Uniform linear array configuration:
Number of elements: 48
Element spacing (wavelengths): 0.5
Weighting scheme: hann
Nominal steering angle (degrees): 45
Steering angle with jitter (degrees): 44.796
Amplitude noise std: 0.05
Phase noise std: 0.05

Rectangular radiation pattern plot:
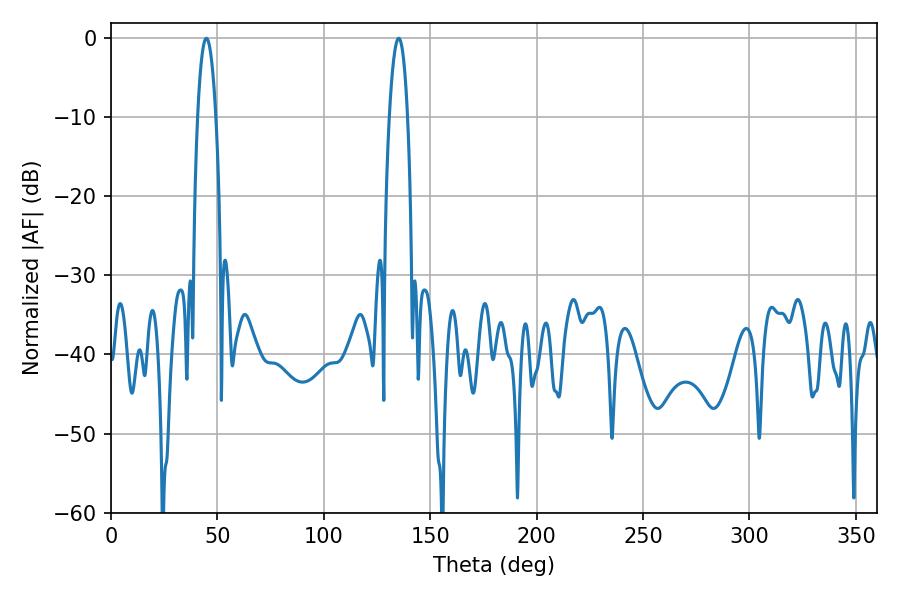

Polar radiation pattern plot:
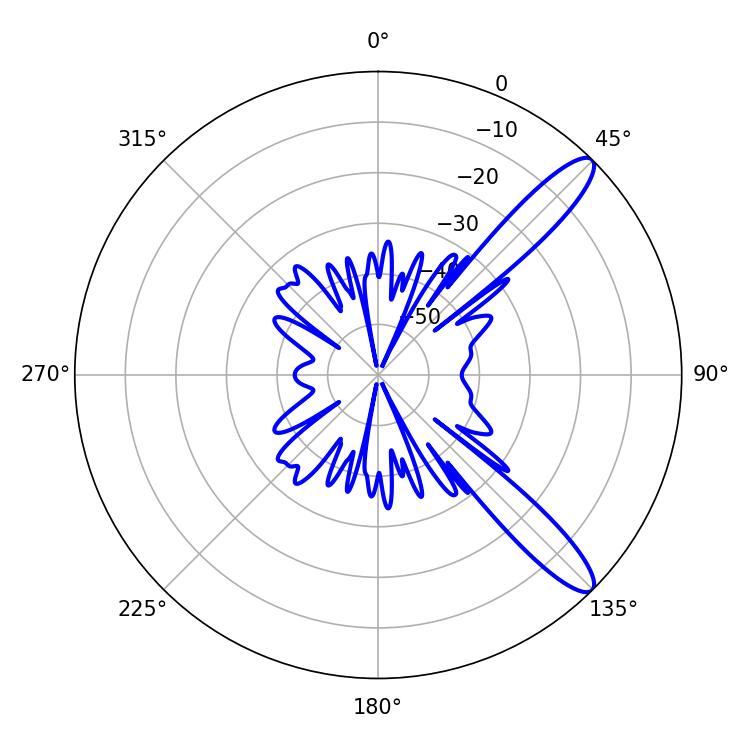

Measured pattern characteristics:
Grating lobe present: FALSE
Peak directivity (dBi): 11.994
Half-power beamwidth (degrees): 4.68
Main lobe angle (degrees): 44.82